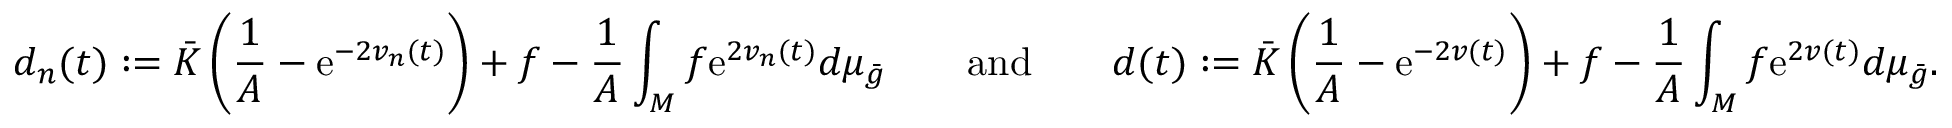
d _ { n } ( t ) : = \bar { K } \left( \frac 1 A - \mathrm { e } ^ { - 2 v _ { n } ( t ) } \right) + f - \frac 1 A \int _ { M } f \mathrm { e } ^ { 2 v _ { n } ( t ) } d \mu _ { \bar { g } } \qquad \mathrm { a n d } \qquad d ( t ) : = \bar { K } \left( \frac 1 A - \mathrm { e } ^ { - 2 v ( t ) } \right) + f - \frac 1 A \int _ { M } f \mathrm { e } ^ { 2 v ( t ) } d \mu _ { \bar { g } } .